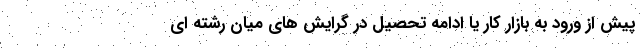
پیش از ورود به بازار کار یا ادامه تحصیل در گرایش های میان رشته ای